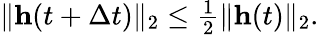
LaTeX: \begin{array}{r}{\| \mathbf{h}(t+\Delta t)\| _{2}\leq\frac{1}2\| \mathbf{h}(t)\| _{2}.}\end{array}